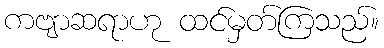
ကဗျာဆရာဟု ထင်မှတ်ကြသည်။